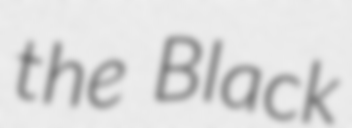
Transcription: the Black